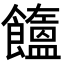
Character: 𩟤